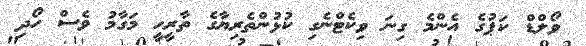
ވޯލްޑް ކަޕުގެ އެންމެ ގިނަ ވިކެޓްނެގި ކުޅުންތެރިޔާގެ ތާރީހީ މަގާމު ވެސް ހޯދި